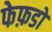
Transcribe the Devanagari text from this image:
फेफ़डों